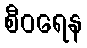
စီဝရေန